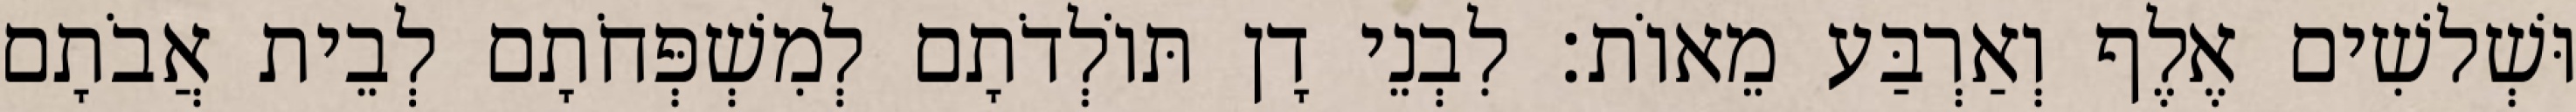
וּשְׁלשִׁים אֶלֶף וְאַרְבַּע מֵאוֹת׃ לִבְנֵי דָן תּוֹלְדֹתָם לְמִשְׁפְּחֹתָם לְבֵית אֲבֹתָם